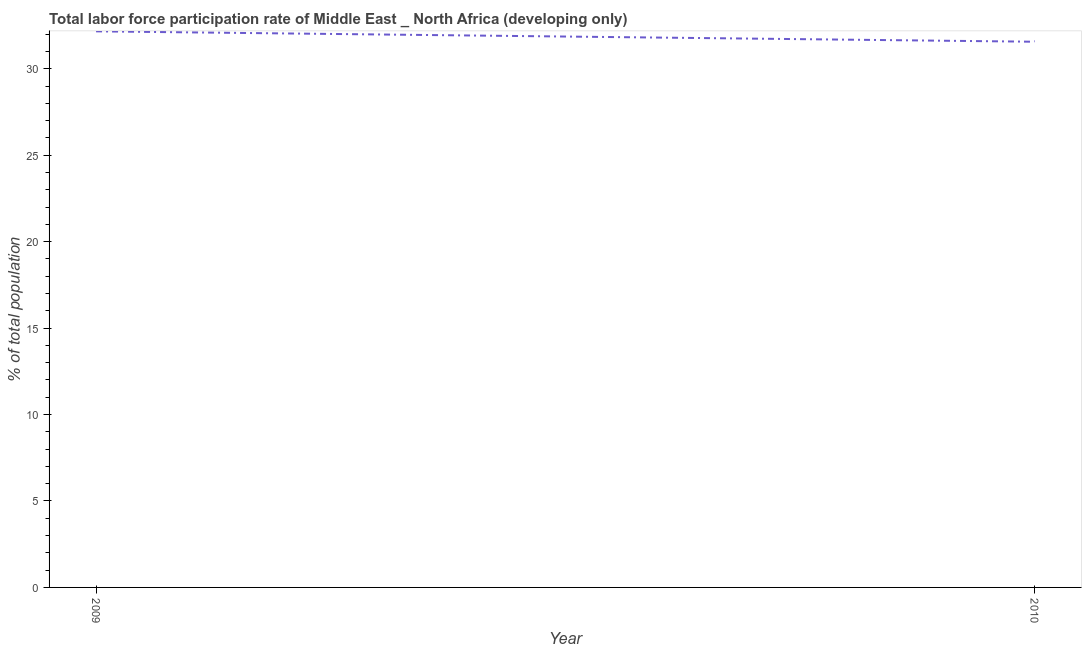
| Year | Labor force participation rate for ages 15-24 total |
 | --- | --- |
 | 2009 | 32.2 |
 | 2010 | 31.6 |